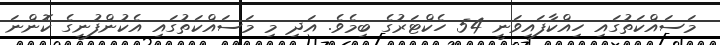
މަސައްކަތުގައި ހިއްކާފައިވަނީ 54 ހެކްޓަރުގެ ބިމެވެ. އަދި މި މަސައްކަތުގައި އެކުންފުނީގެ ކޮންނަ